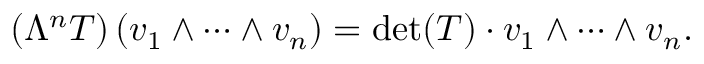
\left( \Lambda ^ { n } T \right) \left( v _ { 1 } \wedge \dots \wedge v _ { n } \right) = \operatorname* { d e t } ( T ) \cdot v _ { 1 } \wedge \dots \wedge v _ { n } .